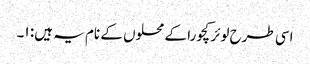
اسی طرح لوئر کچورا کے محلوں کے نام یہ ہیں: ۱۔